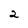
Character: 2